Laimjala_vallavalitsus, lk 31
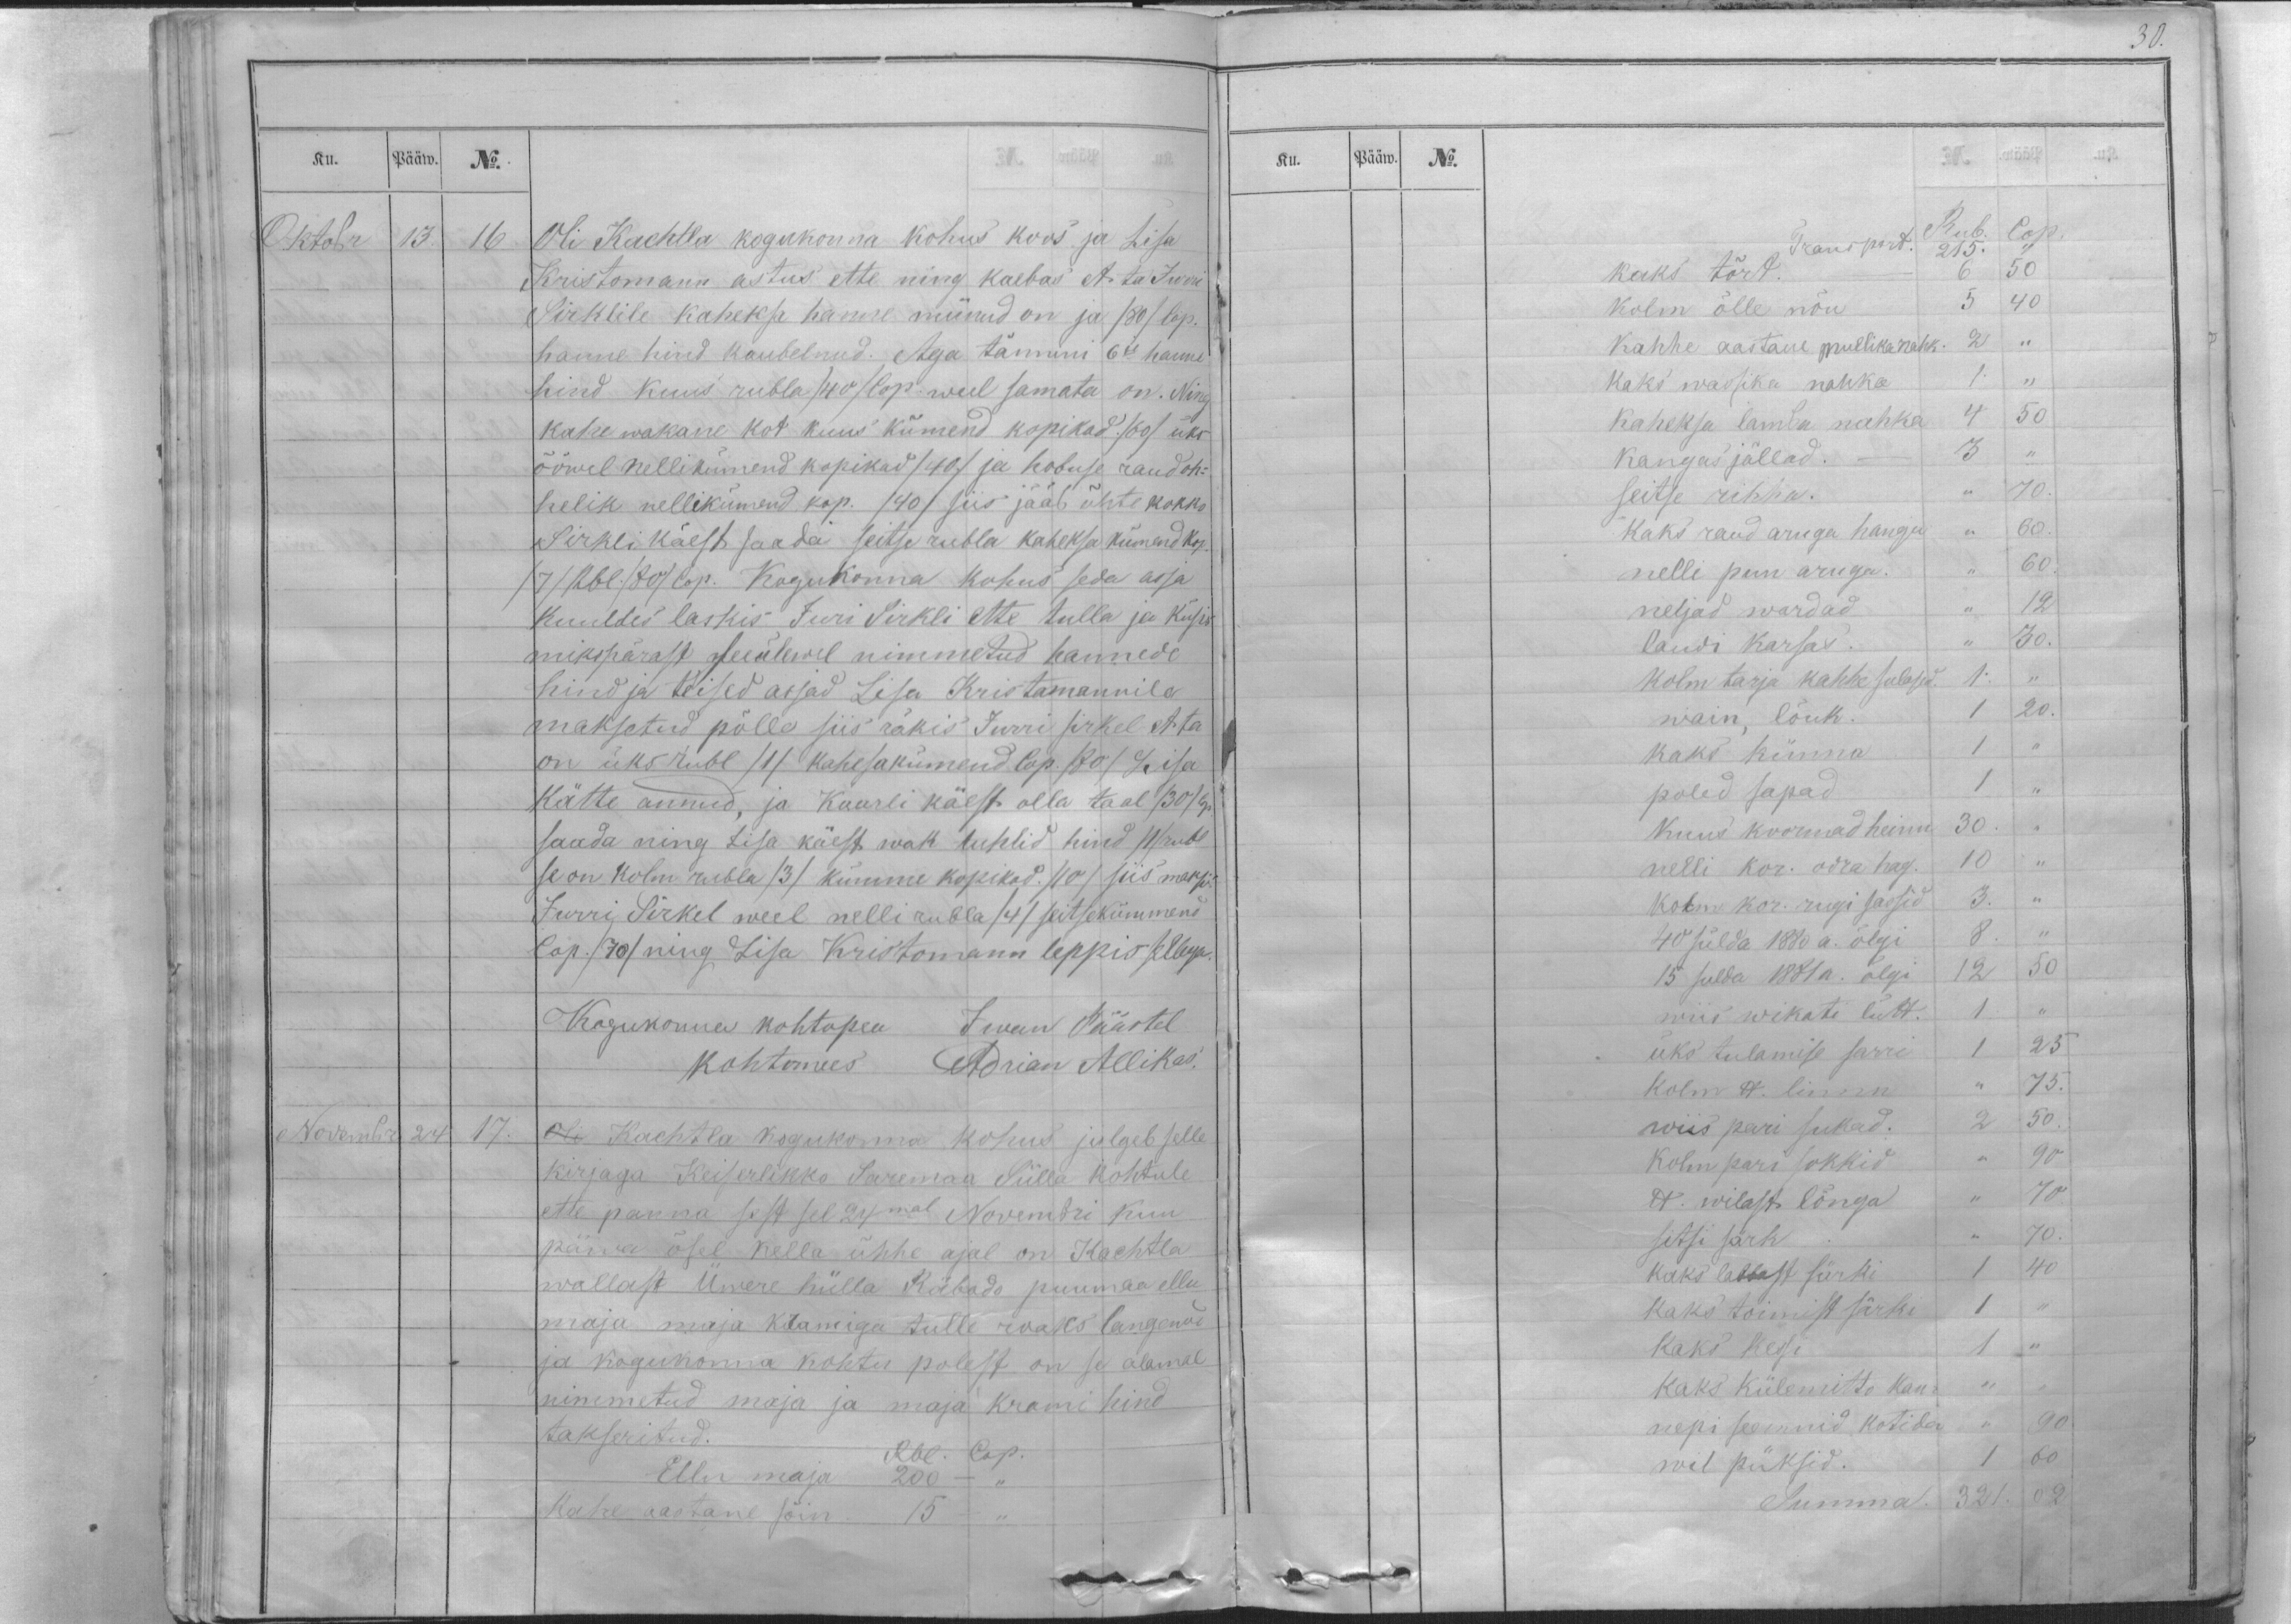
Ku.
Pääw.
No.
Oktobr
13.
16.
Oli Kachtla kogukonna kohus koos ja Lisa
Kristomann astus ette ning kaebas et ta Jurri
Sirklile kaheksa hanne münud on ja /80/ Cop.
hanne hind kaubelnud. Aga tännini 6te hanne
hind kuus rubla /40/ Cop. weel samata on. Ning
kahe wakane kot kuus kümend kopikad. /60/ üks
ööwel nellikümend kopikad /40/ ja hobuse raud oh-
helik nellikümend kop. /40/ siis jääb ühte kokko
Sirkli käest saada seitse rubla kaheksa kümend kop.
/7/ Rbl. /80/ Cop. Kogukonna kohus seda asja
kuuldes laskis Juri Sirkli ette tulla ja küsis
mikspärast see ülewel nimmetud hannede
hind ja teised asjad Lisa Kristomannile
maksetud põlle siis räkis Jurri sirkel et ta
on üks rubl /1/ kahesakümend Cop. /80/ Lisa
kätte annud, ja Kaarli käest olla taal /30/ Cop.
saada ning Lisa käest wak tuhlid hind /1/ rubl
se on kolm rubla /3/ kümme kopikad. /10/ siis maksis
Jurri Sirkel weel nelli rubla /4/ seitsekümmend
Cop. /70/ ning Lisa Kristomann leppis sellega.
Kogukonna kohtopea Iwan Päästel
kohtomees Adrian Allikas.
Novembr
24.
17.
Oli Kachtla kogukonna kohus julgeb selle
kirjaga Keiserlikko Saremaa Sülla kohtule
ette panna sest sel 24mal Novembri kuu
päwa ösel kella ühhe ajal on Kachtla
wallast Üwere külla Räbado puumaa ellu
maja maja kramiga tulle roates langenud
ja kogukonna kohtu polest on se alamal
nimmetud maja ja maja krami hind
takseritud.
Rbl. Cop.
Ellu maja 200 - ,,
kahe aastane sõin. 15 - ,,

30.
Ku.
Pääw.
No.
Rub. Cop.
Transport. 215. ,,
kaks tõrt. 6 50
kolm õlle nõu 5 40
Kahhe aastane mullikanahk. 2 ,,
kaks wassika nahka 1. ,,
kaheksa lamba nahka 4 50
kangas jällad. - 3 ,,
seitse rihha. ,, 70.
kaks raud aruga hangu ,, 60.
nelli puu aruga. ,, 60.
neljad wardad ,, 12
laudi karsas. ,, 30.
kolm tarja kahhe sulased. 1. ,,
wain, lõuk. 1 20.
kaks künna 1 ,,
poled sapad 1 ,,
kuus koormad heinu 30. „
nelli kor. odra hag. 10 ,,
kolm kor. rugi saosid 3. ,,
40 sülda 1880 a. õlgi 8. ,,
15 sulda 1881 a. õlgi 12 50
wiis wikati lütt. 1 ,,
üks tulamise sarri 1 25
kolm lb linna ,, 75.
wiis pari sukad. 2 50.
kolm pari sokkid ,, 90
lb. wilast lõnga ,, 70.
sitsi särk ,, 70.
kaks labbast sarki 1 40
kaks toimist särki 1 ,,
kaks kessi 1 ,,
kaks külemitto kan-  ,, ,,
nepi seemnid kotida ,, 90
wil püksid. 1 60
Summa. 321. 02